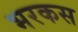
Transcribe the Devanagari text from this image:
भरकस